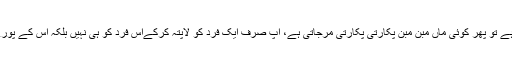
اور جب جب ایسا نہیں ہوتا ہے تو پھر کوئی ماں مبن مبن پکارتی پکارتی مرجاتی ہے، آپ صرف ایک فرد کو لاپتہ کرکےاس فرد کو ہی نہیں بلکہ اس کے پورے خاندان کا قتل کرتے ہیں۔